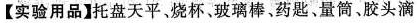
【实验用品】托盘天平、烧杯、玻璃棒、药匙、量筒、胶头滴